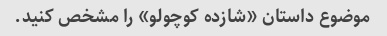
موضوع داستان «شازده کوچولو» را مشخص کنید.